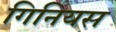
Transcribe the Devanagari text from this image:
गिनियस